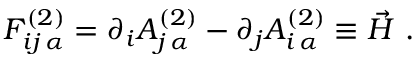
F _ { i j \, \alpha } ^ { ( 2 ) } = \partial _ { i } A _ { j \, \alpha } ^ { ( 2 ) } - \partial _ { j } A _ { i \, \alpha } ^ { ( 2 ) } \equiv \vec { H } \ .